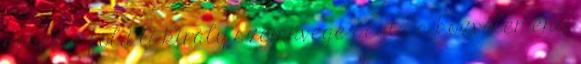
nehéz a föld A király szemüvege pedig a közvélemény